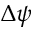
\Delta \psi